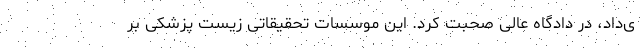
ی‌داد، در دادگاه عالی صحبت کرد. این موسسات تحقیقاتی زیست پزشکی بر